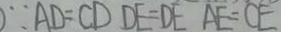
\because A D = C D D E = D E A E = C E